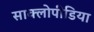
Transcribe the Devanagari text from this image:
साक्लोपीडिया